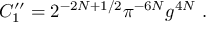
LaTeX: C _ { 1 } ^ { \prime \prime } = 2 ^ { - 2 N + 1 / 2 } \pi ^ { - 6 N } g ^ { 4 N } \ .